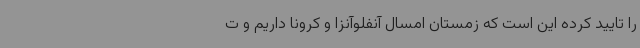
را تایید کرده این است که زمستان امسال آنفلوآنزا و کرونا داریم و ت